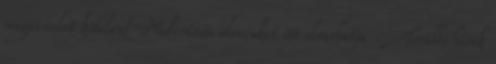
magaviselet kötelező Moderációs elveinket itt olvashatja . További hírek